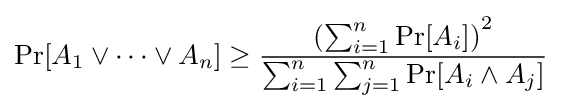
\Pr[A_{1}\vee \cdots \vee A_{n}]\geq {\frac {\left(\sum _{i=1}^{n}\Pr[A_{i}]\right)^{2}}{\sum _{i=1}^{n}\sum _{j=1}^{n}\Pr[A_{i}\wedge A_{j}]}}